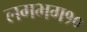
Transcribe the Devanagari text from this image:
लगभग१०